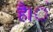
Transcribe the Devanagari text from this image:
है।ं